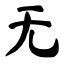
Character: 无